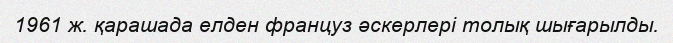
1961 ж. қарашада елден француз әскерлері толық шығарылды.